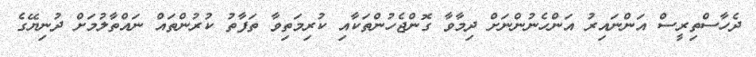
ދެހާސްތިރީސް އަންނައިރު އަންހެނުންނަށް ދިމާވާ ގޮންޖެހުންތަކާއި ކުރިމަތިވާ ތަފާތު ކުރުންތައް ނައްތާލުމަށް ދުނިޔޭގެ